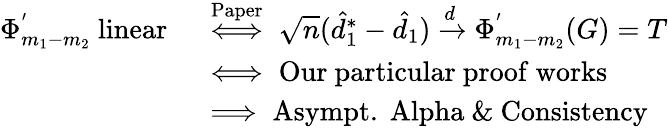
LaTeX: \begin{array}{rl}{\Phi_{m_{1}-m_{2}}^{'}\mathrm{~linear~}}&{\overset{\mathrm{Paper}}{\iff}\sqrt{n}(\hat{d}_{1}^{*}-\hat{d}_{1})\xrightarrow{d}\Phi_{m_{1}-m_{2}}^{'}(G)=T}\\ &{\iff\mathrm{Our~particular~proof~works}}\\ &{\implies\mathrm{Asympt.~Alpha~\& ~Consistency}}\end{array}